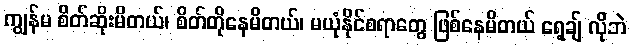
ကျွန်မ စိတ်ဆိုးမိတယ်၊ စိတ်တိုနေမိတယ်၊ မယုံနိုင်စရာတွေ ဖြစ်နေမိတယ် ရေ့ချ် လိုဘဲ